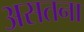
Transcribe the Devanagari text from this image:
असतना